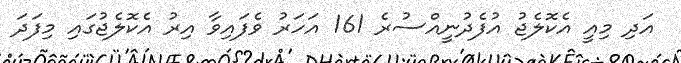
އަދި މިއީ އެކޮލެޖު އުފެދުނީއްސުރެ 161 އަހަރު ވެފައިވާ އިރު އެކޮލެޖުގައި މިފަދަ